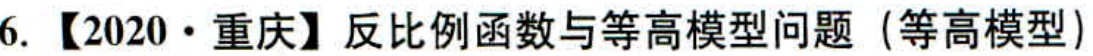
6. 【2020·重庆】反比例函数与等高模型问题（等高模型）